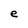
Character: e